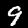
Digit: 9